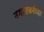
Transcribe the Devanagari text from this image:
नगररचनेच्या